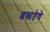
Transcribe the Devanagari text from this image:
शक्यतेचे